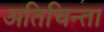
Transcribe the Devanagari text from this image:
अतिचिन्ता